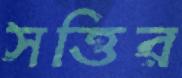
সত্তির